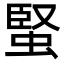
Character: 蜸